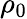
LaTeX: \rho_{0}